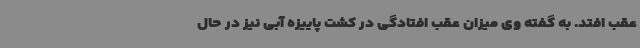
عقب افتد. به گفته وی میزان عقب افتادگی در کشت پاییزه آبی نیز در حال